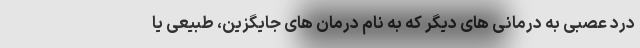
درد عصبی به درمانی های دیگر که به نام درمان های جایگزین، طبیعی یا